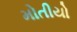
મોતીયો